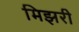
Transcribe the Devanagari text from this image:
मिझरी